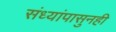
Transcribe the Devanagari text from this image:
संध्यांपासुनही